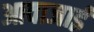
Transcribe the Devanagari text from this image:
आवाजाई